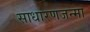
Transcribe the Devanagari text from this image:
साधारणजन्मा